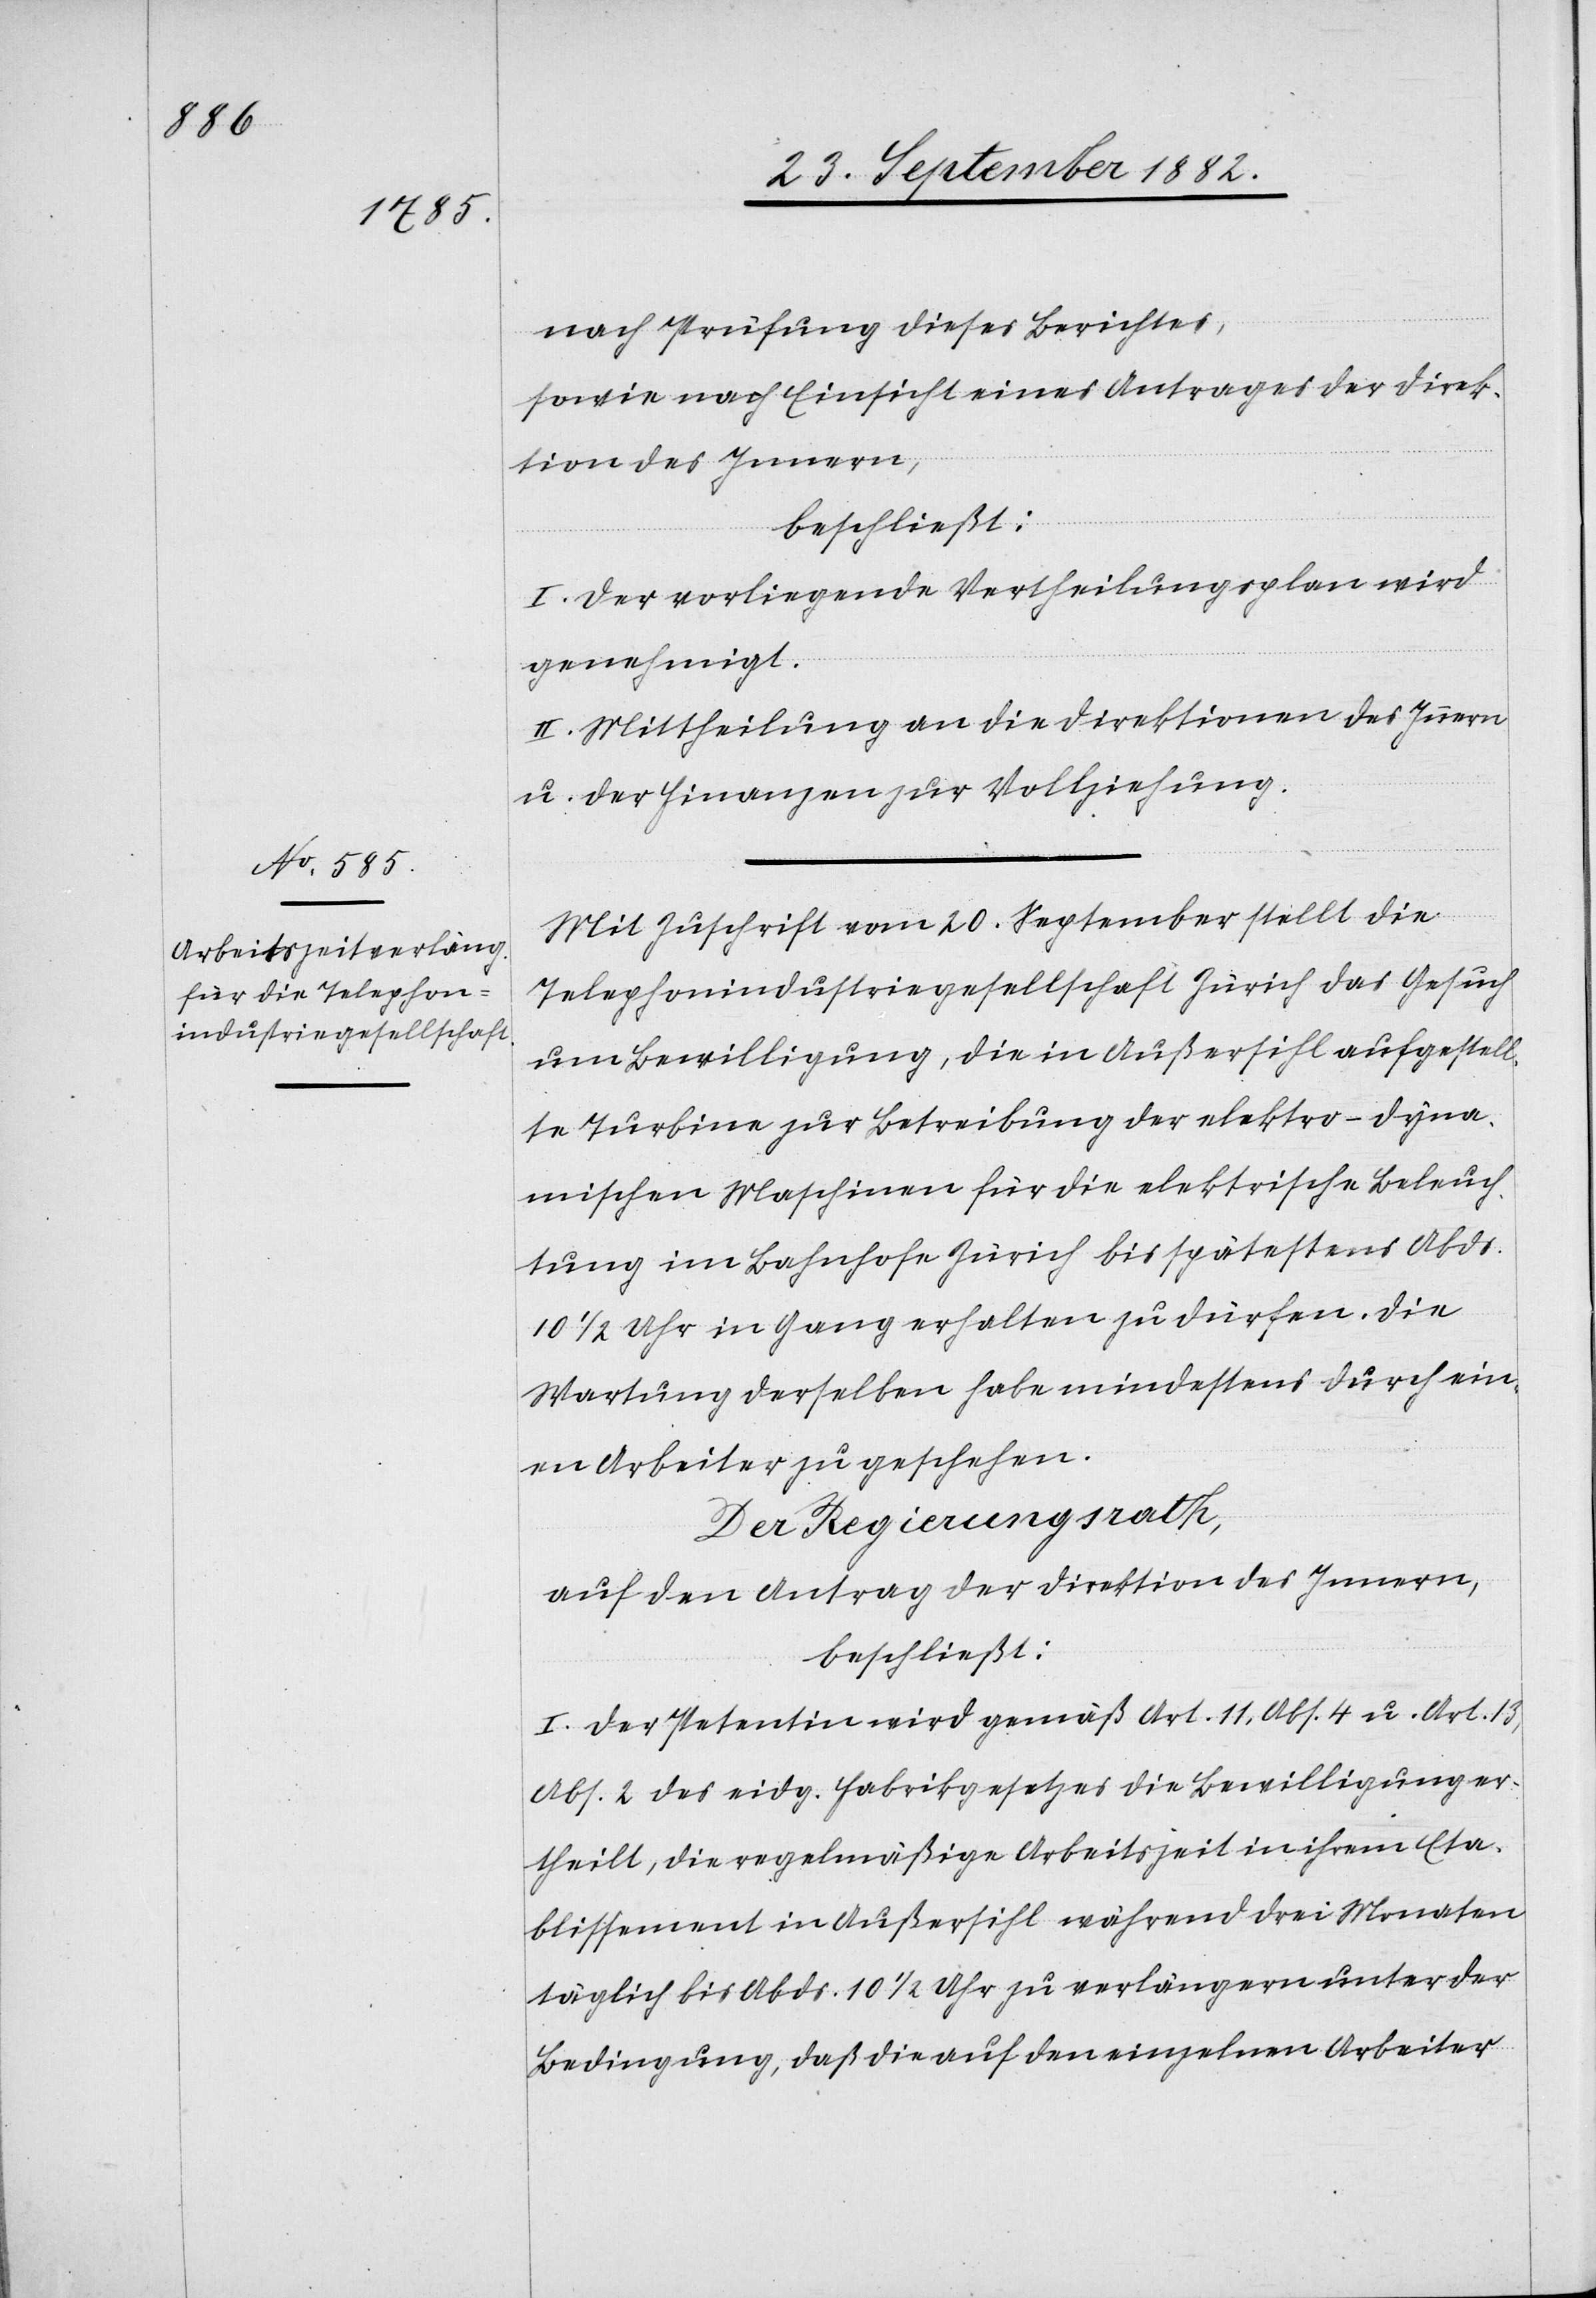
nach Prüfung dieses Berichtes,
sowie nach Einsicht eines Antrages der Direk¬
tion des Innern,
beschließt:
I. Der vorliegende Vertheilungsplan wird
genehmigt.
II. Mittheilung an die Direktionen des Innern
u. der Finanzen zur Vollziehung.
Mit Zuschrift vom 20. September stellt die
Telephonindustriegesellschaft Zürich das Gesuch
um Bewilligung, die in Außersihl aufgestell¬
te Turbine zur Betreibung der elektro-dyna¬
mischen Maschinen für die elektrische Beleuch¬
tung im Bahnhofe Zürich bis spätestens Abds.
10 1/2 Uhr in Gang erhalten zu dürfen. Die
Wartung derselben habe mindestens durch ein¬
en Arbeiter zu geschehen.
Der Regierungsrath,
auf den Antrag der Direktion des Innern,
beschließt:
I. Der Petentin wird gemäß Art. 11, Abs. 4 u. Art. 13,
Abs. 2 des eidg. Fabrikgesetzes die Bewilligung er¬
theilt, die regelmäßige Arbeitszeit in ihrem Eta¬
blissement in Außersihl während drei Monaten
täglich bis Abends 10 1/2 Uhr zu verlängern unter der
Bedingung, daß die auf den einzelnen Arbeiter